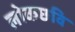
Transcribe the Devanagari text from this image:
लोकछवि